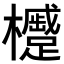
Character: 𪴢